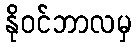
နိုဝင်ဘာလမှ